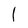
Character: l